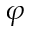
\varphi